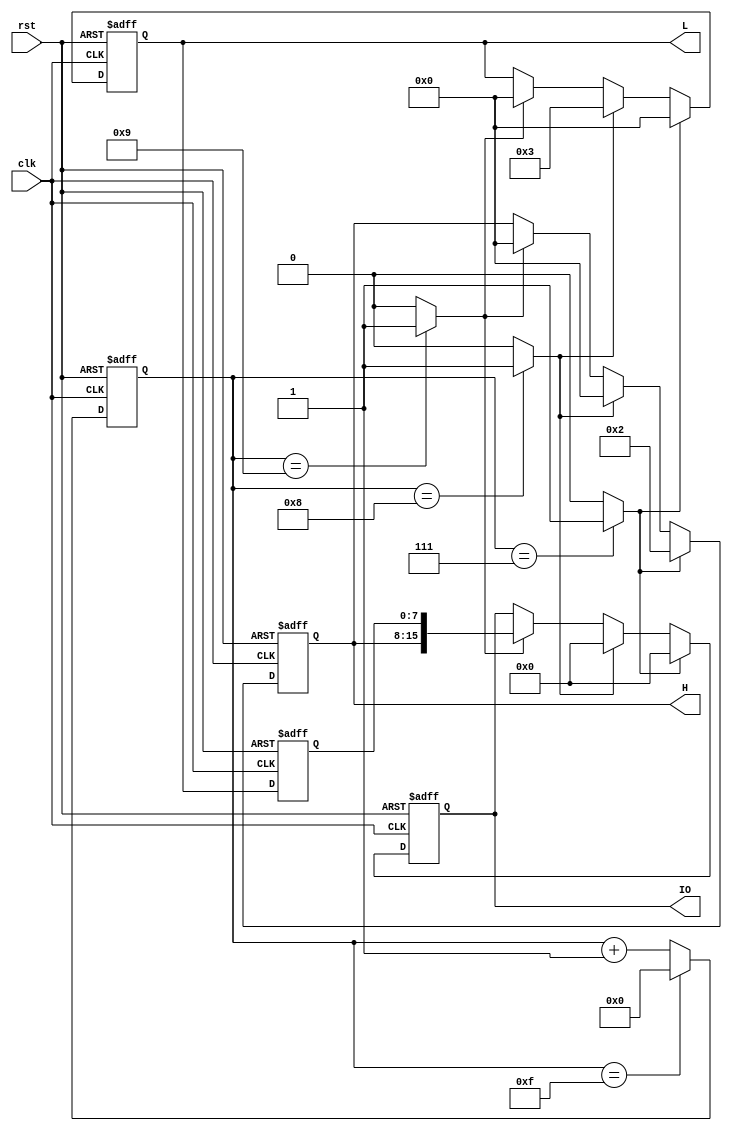
module change_test(clk,
						 rst,
						 H,
						 L,
						 IO);
						 
input clk, rst;
output reg [7:0] H, L;
output reg [15:0] IO;
wire ena, enb, enc;
reg [3:0] cnt;
reg [7:0] L_tem;

assign ena = (cnt == 7)?1'b1:1'b0;
assign enb = (cnt == 8)?1'b1:1'b0;
assign enc = (cnt == 9)?1'b1:1'b0;

always@(posedge clk, negedge rst)
begin 
	if(!rst)
	begin
		H <= 8'd0;
		L <= 8'd0;
		IO <= 16'd0;
	end
	else if(ena)
	begin
		H <= 8'd2;
		L <= 8'd0;
		IO <= 16'd0;
	end
	else if(enb)
	begin
		H <= 8'd0;
		L <= 8'd3;
		IO <= 16'd0;
	end
	else if(enc)
	begin
		H <= 8'd0;
		L <= 8'd0;
		IO <= {H,L_tem};
	end
end

always@(posedge clk, negedge rst)
begin
	if(!rst)
		L_tem <= 8'd0;
	else
		L_tem <= L;
end

always@(posedge clk, negedge rst)
begin
	if(!rst)
		cnt <= 4'd0;
	else if(cnt == 4'b1111)
		cnt <= 4'd0;
	else
		cnt <= cnt + 1'b1;
end


endmodule